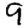
Digit: 9